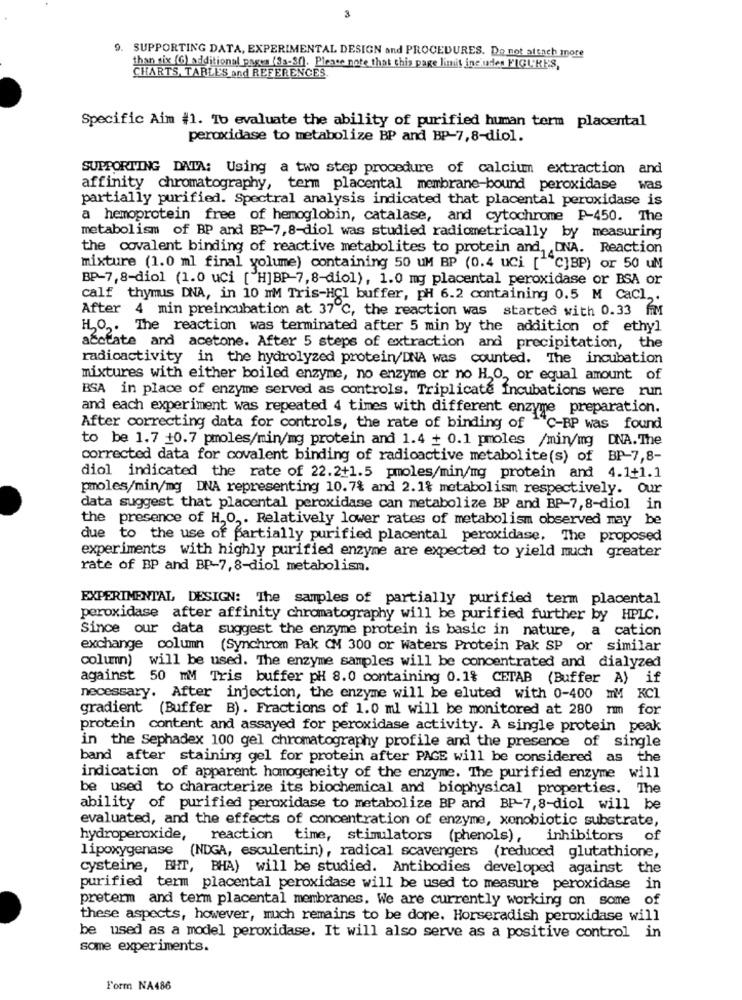
3
9. SUPPORTING DATA, EXPERIMENTAL DESIGN and PROCEDURES. Do not attach more
than six (G additional pages (33-37). Please note that this page limit ine'udes FIGURES,
CHARTS, TARLES and REFERENCES
Specific Aim #1. To evaluate the ability of purified human term placental
peroxidase to metabolize BP and BP-7,8-diol.
SUPPORTING DATA: Using a two step procedure of calcium extraction and
affinity chromatography, term placental membrane-bound peroxidase
was
partially purified. Spectral analysis indicated that placental peroxidase is
a hemoprotein free of hemoglobin, catalase, and cytochrome P-450. The
metabolism of BP and BP-7,8-diol was studied radicmetrically by measuring
the covalent binding of reactive metabolites to protein and, DNA. Reaction
mixture (1.0 ml final yolume) containing 50 UM BP (0.4 uci [""C]BP) or 50 uM
BP-7,8-diol (1.0 uci [ H]BP-7,8-diol), 1.0 mg placental peroxidase or BSA or
calf thymus DNA, in 10 mM Tris-HCl buffer, pH 6.2 containing 0.5 M Cacl ,.
After 4 min preincubation at 37℃, the reaction was started with 0.33 fiM
HO ,. The reaction was terminated after 5 min by the addition of ethyl
a&ctate and acetone. After 5 steps of extraction and precipitation, the
radioactivity in the hydrolyzed protein/DNA was counted. The incubation
mixtures with either boiled enzyme, no enzyme or no HO, or equal amount of
BSA in place of enzyme served as controls. Triplicate Incubations were run
and each experiment was repeated 4 times with different enzyme preparation.
After correcting data for controls, the rate of binding of
1ºC-BP was found
to be 1.7 +0.7 pmoles/min/mg protein and 1.4 + 0.1 pmoles /min/mg DNA. The
corrected data for covalent binding of radioactive metabolite(s) of BP-7,8-
diol indicated the rate of 22.2+1.5 pmoles/min/mg protein and 4.1+1.1
pmoles/min/mg DNA representing 10.7% and 2.1% metabolism respectively. Our
data suggest that placental peroxidase can metabolize BP and BP-7,8-diol in
the presence of H,O ,. Relatively lower rates of metabolism observed may be
due to the use of partially purified placental peroxidase, The proposed
experiments with highly purified enzyme are expected to yield much greater
rate of BP and BP-7, 8-diol metabolism.
EXPERIMENTAL DESIGN: The samples of partially purified term placental
peroxidase after affinity chromatography will be purified further by HPLC.
Since our data suggest the enzyme protein is basic in nature, a cation
exchange column (Synchrom Pak CM 300 or Waters Protein Pak SP or similar
column) will be used. The enzyme samples will be concentrated and dialyzed
against 50 mM Tris buffer pH 8.0 containing 0.1% CETAB (Buffer A) if
necessary. After injection, the enzyme will be eluted with 0-400 mM KCI
gradient (Buffer B). Fractions of 1.0 ml will be monitored at 280 nm for
protein content and assayed for peroxidase activity. A single protein peak
in the Sephadex 100 gel chromatography profile and the presence of single
band after staining gel for protein after PAGE will be considered as the
indication of apparent homogeneity of the enzyme. The purified enzyme will
be used to characterize its biochemical and biophysical properties. The
ability of purified peroxidase to metabolize BP and BP-7,8-diol will be
evaluated, and the effects of concentration of enzyme, xenobiotic substrate,
hydroperoxide,
reaction time, stimulators (phenols), inhibitors
of
lipoxygenase (NDGA, esculentin), radical scavengers (reduced glutathione,
cysteine, BHT, BHA) will be studied. Antibodies developed against the
purified term placental peroxidase will be used to measure peroxidase in
preterm and term placental membranes. We are currently working on some of
these aspects, however, much remains to be done. Horseradish peroxidase will
be used as a model peroxidase. It will also serve as a positive control in
some experiments.
Form NA486